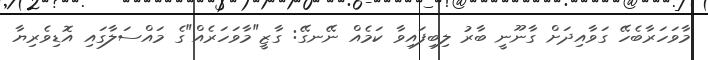
މާވަހަރާބެހޭ ގަވާއިދަށް ގާނޫނީ ބާރު ލިބިފައިވާ ކަމެއް ނޭނގޭ: ގާޒީ"މާވަހަރެއް"ގެ މައްސަލާގައި އޮޑިވެރިޔާ